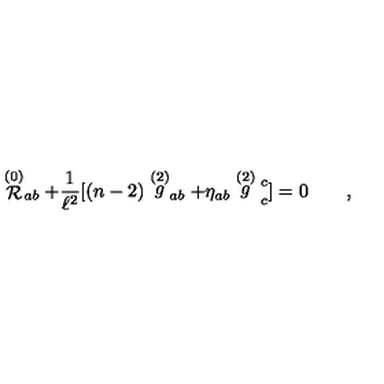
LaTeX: \stackrel { ( 0 ) } { \cal { R } } _ { a b } + { \frac { 1 } { \ell ^ { 2 } } } [ ( n - 2 ) \stackrel { ( 2 ) } g _ { a b } + \eta _ { a b } \stackrel { ( 2 ) } g \strut _ { c } ^ { c } ] = 0 \qquad ,